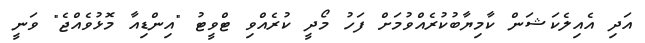
އަދި އެއިލެކަޝަން ކާމިޔާބުކުރެއްވުމަށް ފަހު މޯދީ ކުރެއްވި ޓްވީޓު "އިންޑިއާ މޮޅުވެއްޖެ" ވަނީ